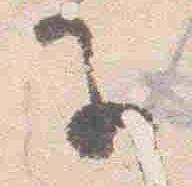
子